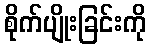
စိုက်ပျိုးခြင်းကို